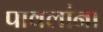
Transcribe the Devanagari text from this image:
पावलांना